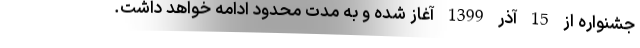
جشنواره از 15 آذر 1399 آغاز شده و به مدت محدود ادامه خواهد داشت.